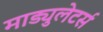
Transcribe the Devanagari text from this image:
माड्युलेटर्स